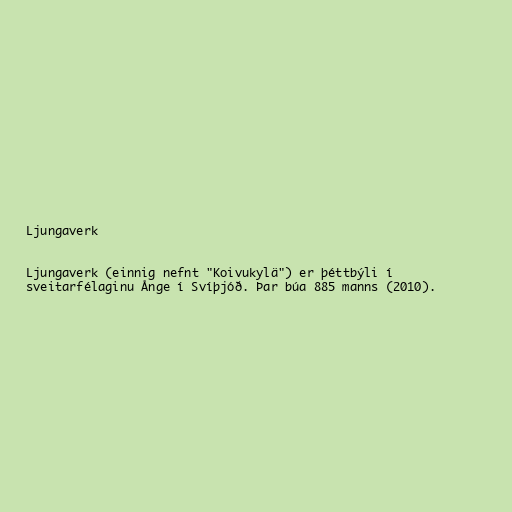
Ljungaverk

Ljungaverk (einnig nefnt "Koivukylä") er þéttbýli í
sveitarfélaginu Ånge í Svíþjóð. Þar búa 885 manns (2010).